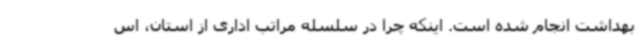
بهداشت انجام شده است. اینکه چرا در سلسله مراتب اداری از استان، اس